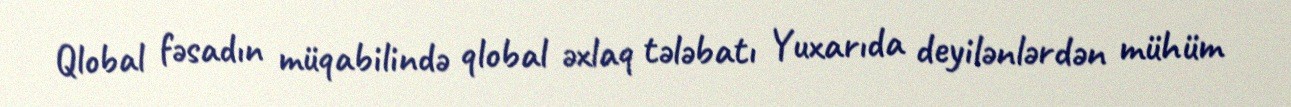
Qlobal fəsadın müqabilində qlobal əxlaq tələbatı Yuxarıda deyilənlərdən mühüm